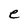
Character: e